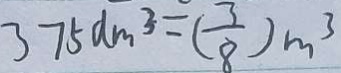
3 7 5 d m ^ { 3 } = ( \frac { 3 } { 8 } ) m ^ { 3 }